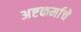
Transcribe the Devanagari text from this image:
अष्टकर्माचे